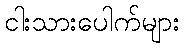
ငါးသားပေါက်များ